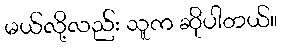
မယ်လို့လည်း သူက ဆိုပါတယ်။